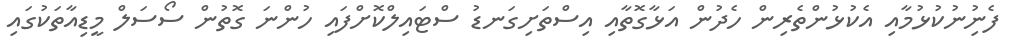
ފެނިުނުކުޅުމާއި އެކުޅުންތެރިން ހެދުން އަޅާގޮތާއި އިސްތަށިގަނޑު ސްޓައިލްކޮށްފައި ހުންނަ ގޮތުން ސޯސަލް މީޑިއާތަކުގައި